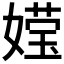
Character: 𮱕